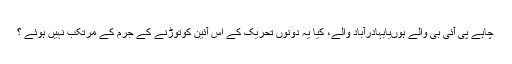
چاہے پی آئی بی والے ہوںیابہادرآباد والے، کیا یہ دونوں تحریک کے اس آئین کوتوڑنے کے جرم کے مرتکب نہیں ہوئے ؟